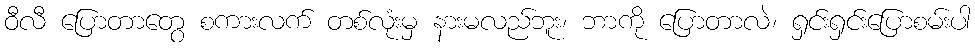
ဝီလီ ပြောတာတွေ စကားလက် တစ်လုံးမှ နားမလည်ဘူး၊ ဘာကို ပြောတာလဲ၊ ရှင်းရှင်းပြောစမ်းပါ